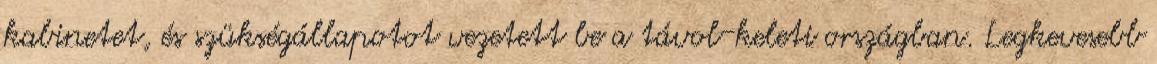
kabinetet, és szükségállapotot vezetett be a távol-keleti országban. Legkevesebb